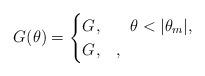
LaTeX: \begin{align*}G(\theta)=\begin{cases}G_{}, & \,\,\,\,\,\theta <|\theta_m|,\\G_{}, &,\end{cases}\end{align*}